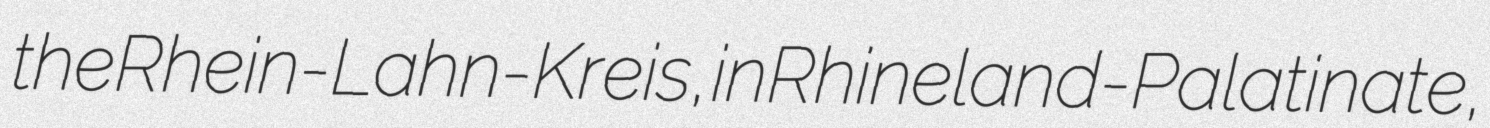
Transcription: the Rhein-Lahn-Kreis, in Rhineland-Palatinate,